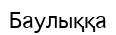
Баулыққа